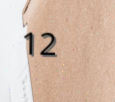
12